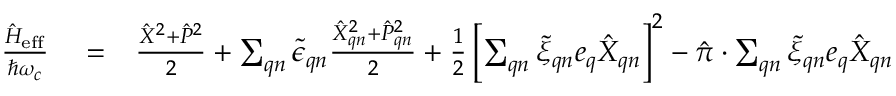
\begin{array} { r l r } { \frac { \hat { H } _ { \mathrm { e f f } } } { \hbar \omega _ { c } } } & { { } = } & { \frac { \hat { X } ^ { 2 } + \hat { P } ^ { 2 } } { 2 } + \sum _ { \boldsymbol { q } n } \tilde { \epsilon } _ { \boldsymbol { q } n } \frac { \hat { X } _ { \boldsymbol { q } n } ^ { 2 } + \hat { P } _ { \boldsymbol { q } n } ^ { 2 } } { 2 } + \frac { 1 } { 2 } \left[ \sum _ { \boldsymbol { q } n } \tilde { \xi } _ { \boldsymbol { q } n } \boldsymbol { e } _ { \boldsymbol { q } } \hat { X } _ { \boldsymbol { q } n } \right] ^ { 2 } - \hat { \boldsymbol { \pi } } \cdot \sum _ { \boldsymbol { q } n } \tilde { \xi } _ { \boldsymbol { q } n } \boldsymbol { e } _ { \boldsymbol { q } } \hat { X } _ { \boldsymbol { q } n } } \end{array}